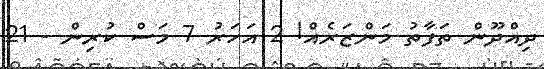
ދިއްދޫން ތަފާތު މަންޒަރެއް! 2 އަހަރު 7 މަސް ކުރިން - 21